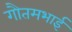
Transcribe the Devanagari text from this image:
गौतमभाई